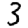
Digit: 3